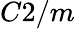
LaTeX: C2/m